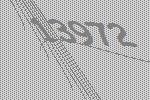
13972